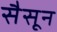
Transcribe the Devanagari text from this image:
सैसून